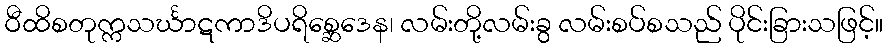
ဝီထိစတုက္ကသင်္ဃာဋကာဒိပရိစ္ဆေဒေန၊ လမ်းတို့လမ်းခွ လမ်းစပ်စသည် ပိုင်းခြားသဖြင့်။